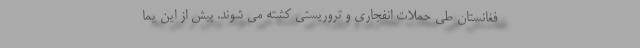
فغانستان طی حملات انفجاری و تروریستی کشته می شوند. پیش از این یما